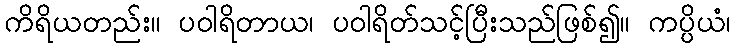
ကိရိယတည်း။ ပဝါရိတာယ၊ ပဝါရိတ်သင့်ပြီးသည်ဖြစ်၍။ ကပ္ပိယံ၊